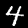
Digit: 4